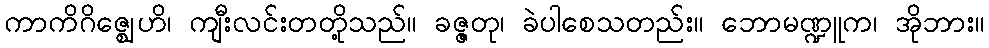
ကာကိဂိဇ္ဈေဟိ၊ ကျီးလင်းတတို့သည်။ ခဇ္ဇတု၊ ခဲပါစေသတည်း။ ဘောမဏ္ဍူက၊ အိုဘား။